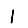
Digit: 1